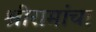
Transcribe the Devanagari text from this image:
श्रीरामांचा